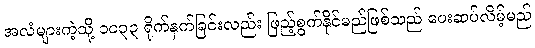
အလံများကဲ့သို့ ၁၀၃၃ ရိုက်နှက်ခြင်းလည်း ဖြည့်စွက်နိုင်မည်ဖြစ်သည် ပေးဆပ်လိမ့်မည်